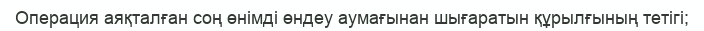
Операция аяқталған соң өнімді өндеу аумағынан шығаратын құрылғының тетігі;